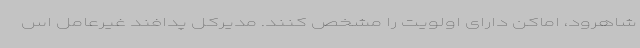
شاهرود، اماکن دارای اولویت را مشخص کنند. مدیرکل پدافند غیرعامل اس